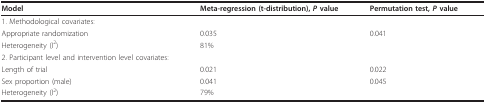
| Model | Meta-regression (t-distribution), P value | Permutation test, P value |
 | --- | --- | --- |
 | 1. Methodological covariates: |  |  |
 | Appropriate randomization | 0.035 | 0.041 |
 | Heterogeneity (I2) | 81% |  |
 | 2. Participant level and intervention level covariates: |  |  |
 | Length of trial | 0.021 | 0.022 |
 | Sex proportion (male) | 0.041 | 0.045 |
 | Heterogeneity (I2) | 79% |  |